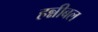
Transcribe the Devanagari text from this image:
हन्नीबल